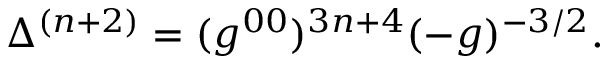
\Delta ^ { ( n + 2 ) } = ( g ^ { 0 0 } ) ^ { 3 n + 4 } ( - g ) ^ { - 3 / 2 } .